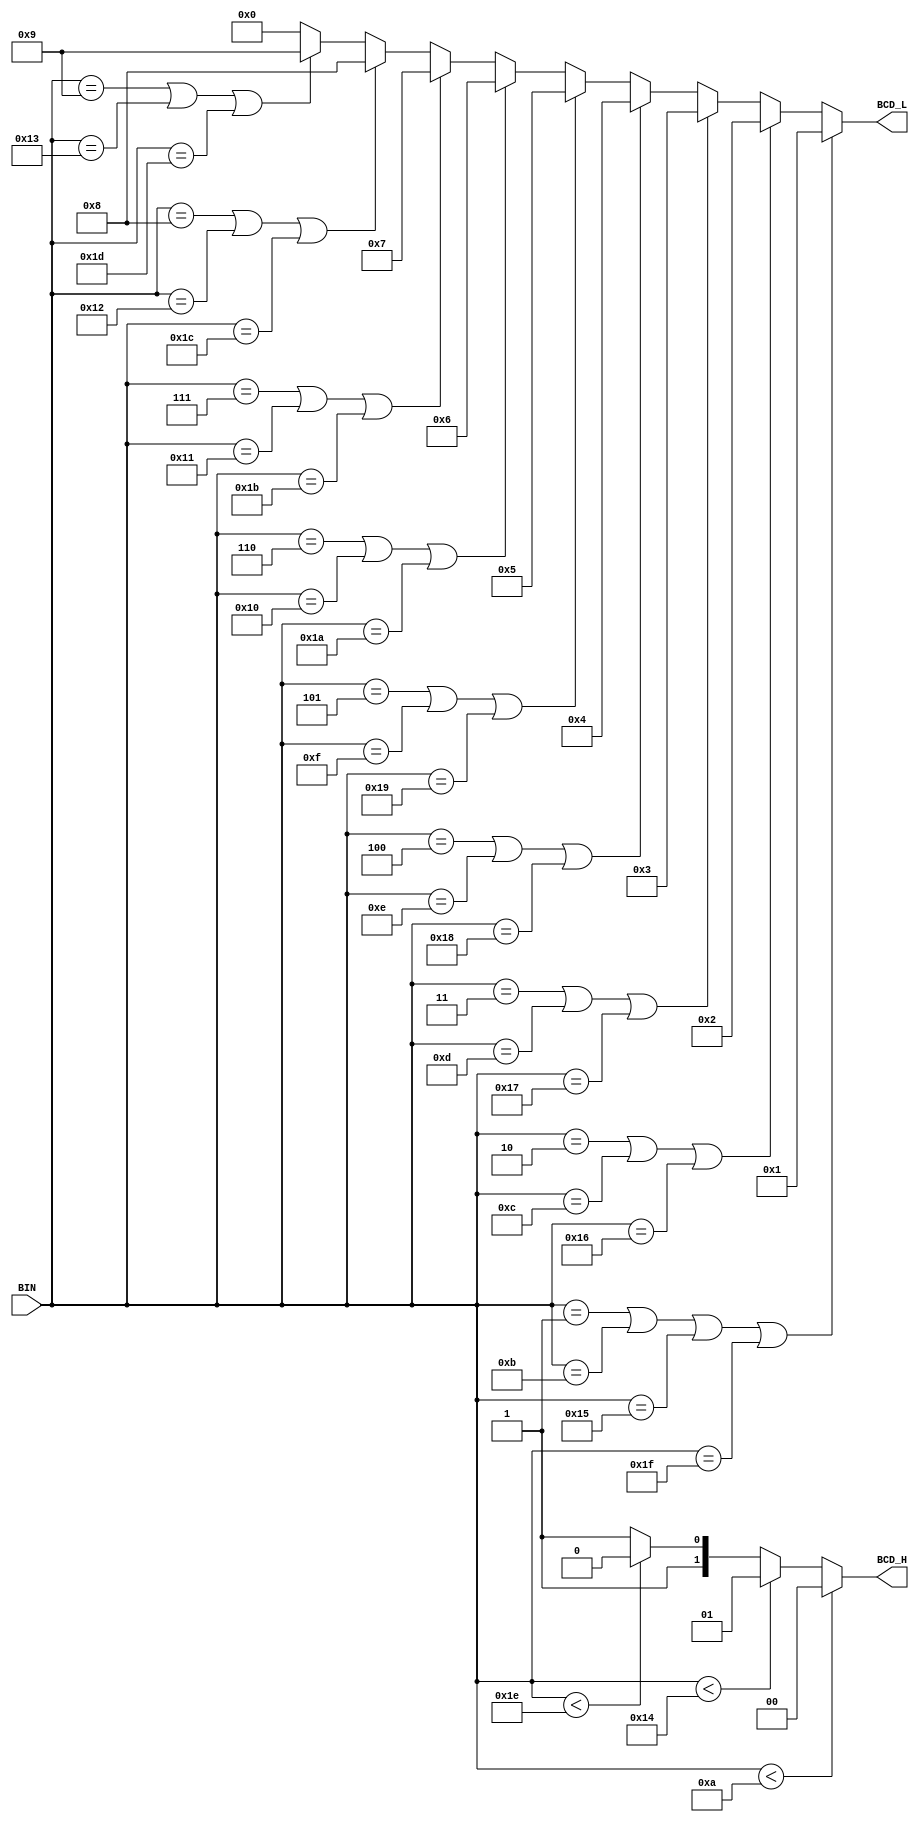
// (c) Aldec, Inc.
// All rights reserved.
//
// $Revision: 92945 $

`timescale 1ps / 1ps

// Verilog model for Decoder of 5-bits Binary Numbers to Two BCD Digits

module BIN2BCD (BIN, BCD_H, BCD_L);
input  [4:0]BIN;
output [1:0]BCD_H;
output [3:0]BCD_L;

assign BCD_L = (BIN == 5'b00001 || BIN == 5'b01011 || BIN == 5'b10101 || BIN == 5'b11111) ? 4'b0001 :
               (BIN == 5'b00010 || BIN == 5'b01100 || BIN == 5'b10110) ? 4'b0010 :
               (BIN == 5'b00011 || BIN == 5'b01101 || BIN == 5'b10111) ? 4'b0011 :
               (BIN == 5'b00100 || BIN == 5'b01110 || BIN == 5'b11000) ? 4'b0100 :
               (BIN == 5'b00101 || BIN == 5'b01111 || BIN == 5'b11001) ? 4'b0101 :
               (BIN == 5'b00110 || BIN == 5'b10000 || BIN == 5'b11010) ? 4'b0110 :
               (BIN == 5'b00111 || BIN == 5'b10001 || BIN == 5'b11011) ? 4'b0111 :
               (BIN == 5'b01000 || BIN == 5'b10010 || BIN == 5'b11100) ? 4'b1000 :
               (BIN == 5'b01001 || BIN == 5'b10011 || BIN == 5'b11101) ? 4'b1001 :
               4'b0000 ;

assign BCD_H = (BIN < 5'd10) ? 2'b00 :
               (BIN < 5'd20) ? 2'b01 :
               (BIN < 5'd30) ? 2'b10 :
               2'b11 ;

endmodule